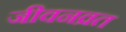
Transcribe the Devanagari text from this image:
जीवनव्रत